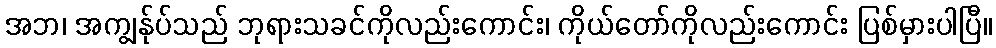
အဘ၊ အကျွန်ုပ်သည် ဘုရားသခင်ကိုလည်းကောင်း၊ ကိုယ်တော်ကိုလည်းကောင်း ပြစ်မှားပါပြီ။